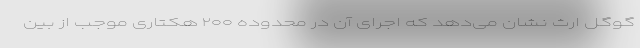
گوگل ارث نشان می‌دهد که اجرای آن در محدوده ۲۰۰ هکتاری موجب از بین